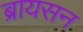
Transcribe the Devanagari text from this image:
ब्रायसन